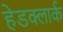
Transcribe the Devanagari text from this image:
हेडक्लार्क